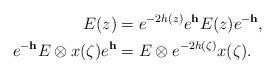
LaTeX: \begin{align*}E(z)&=e^{-2h(z)}e^{\bf h}E(z)e^{-{\bf h}}, \\e^{-{\bf h}}E\otimes x(\zeta)e^{\bf h}&=E\otimes e^{-2h(\zeta)}x(\zeta).\end{align*}